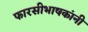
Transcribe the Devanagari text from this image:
फारसीभाषकांनी